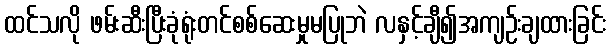
ထင်သလို ဖမ်းဆီးပြီးခုံရုံးတင်စစ်ဆေးမှုမပြုဘဲ လနှင့်ချီ၍အကျဉ်းချထားခြင်း